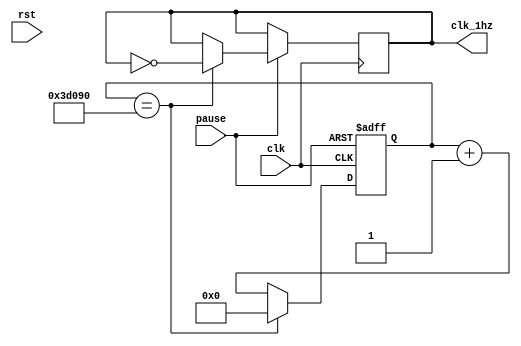
module clock(
              input clk, 
              input pause, rst,
              output reg clk_1hz 
); 

reg  [24:0]  cnt;  
always@(posedge clk or negedge pause ) 
begin  
  if(!pause)  
    cnt<=24'd0;  
  else if(cnt==250000)
    begin   
	   cnt<=24'd0;   
		clk_1hz<=~clk_1hz;   // 
		end  
  else   
    cnt<=cnt+1; 
end 
endmodule 



module cnt10(
             input pause,clk, rst,
             output reg [3:0] cnt,
             output reg out
); 
always@(posedge clk or negedge rst) 
begin  
  if(!rst)   
    cnt<=4'b000; 
  else if(cnt==4'd9)   
    begin cnt<=4'b000; out<=1'b1; end
  else   
    begin cnt<=cnt+1; out<=1'b0; end
end 
endmodule 


module cnt60(
input pause,clk, rst,
output reg [3:0] cnt,
output reg out
); 
always@(posedge clk or negedge rst) 
begin  
  if(!rst)   
    cnt<=4'b000; 
  else if(cnt==4'd9)   
    begin cnt<=4'b000; out<=1'b1; end  
  else   
    begin cnt<=cnt+1; out<=1'b0; end 
end 
endmodule 

module cnt600(
input pause,clk, rst,
output reg [3:0] cnt,
output reg out
); 
always@(posedge clk or negedge rst) 
begin  
  if(!rst)   
    cnt<=4'b000; 
  else if(cnt==4'd9)   
    begin cnt<=4'b000; out<=1'b1; end  
  else   
    begin cnt<=cnt+1; out<=1'b0; end 
end 
endmodule



module cnt3600(
input pause,clk,rst,
output reg [3:0] cnt,
output reg out
); 
always@(posedge clk or negedge rst) 
begin  
  if(!rst)   
    cnt<=4'b000; 
  else if(cnt==4'd5)   
    begin cnt<=4'b000; out<=1'b1; end  
  else   
    begin cnt<=cnt+1; out<=1'b0; end 
end 
endmodule


module cnt36000(
input pause,clk, rst,
output reg [3:0] cnt,
output reg out
); 
always@(posedge clk or negedge rst) 
begin  
  if(!rst)   
    cnt<=4'b000; 
  else if(cnt==4'd9)   
    begin cnt<=4'b000; out<=1'b1; end  
  else   
    begin cnt<=cnt+1; out<=1'b0; end 
end 
endmodule



module cnt21600(
input pause,clk,rst,
output reg [3:0] cnt,
output reg out
); 
always@(posedge clk or negedge rst) 
begin  
  if(!rst)   
    cnt<=4'b000; 
  else if(cnt==4'd5)   
    begin cnt<=4'b000; out<=1'b1; end  
  else   
    begin cnt<=cnt+1; out<=1'b0; end 
end 
endmodule




module segment0(
input        [3:0] cnt, 
output  reg  [6:0] HEX0
);
assign  scan=4'b0001; 
always@(cnt) 
begin   
  case(cnt)   
    4'b0001:HEX0= 7'b1111001;	   // ---t---- 
	 4'b0010:HEX0= 7'b0100100; 	// |	  |
	 4'b0011:HEX0= 7'b0110000; 	// lt	 rt 
	 4'b0100:HEX0= 7'b0011001; 	// |	  |
	 4'b0101:HEX0= 7'b0010010; 	// ---m----
	 4'b0110:HEX0= 7'b0000010; 	// |	  |
	 4'b0111:HEX0= 7'b1111000; 	// lb	 rb
	 4'b1000:HEX0= 7'b0000000; 	// |	  |
	 4'b1001:HEX0= 7'b0011000; 	// ---b----
	 4'b1010:HEX0= 7'b1000000;
	 default:HEX0= 7'b1000000;  
  endcase 
 end 
endmodule 


module segment1(
input        [3:0] cnt, 
output  reg  [6:0] HEX1
);
assign  scan=4'b0001; 
always@(cnt) 
begin   
  case(cnt)   
    4'b0001:HEX1= 7'b1111001;	   // ---t---- 
	 4'b0010:HEX1= 7'b0100100; 	// |	  |
	 4'b0011:HEX1= 7'b0110000; 	// lt	 rt 
	 4'b0100:HEX1= 7'b0011001; 	// |	  |
	 4'b0101:HEX1= 7'b0010010; 	// ---m----
	 4'b0110:HEX1= 7'b0000010; 	// |	  |
	 4'b0111:HEX1= 7'b1111000; 	// lb	 rb
	 4'b1000:HEX1= 7'b0000000; 	// |	  |
	 4'b1001:HEX1= 7'b0011000; 	// ---b----
	 4'b1010:HEX1= 7'b1000000;
	 default:HEX1= 7'b1000000;  
  endcase 
 end 
endmodule 



module segment2(
input        [3:0] cnt, 
output  reg  [6:0] HEX0
);
assign  scan=4'b0001; 
always@(cnt) 
begin   
  case(cnt)   
    4'b0001:HEX0= 7'b1111001;	   // ---t---- 
	 4'b0010:HEX0= 7'b0100100; 	// |	  |
	 4'b0011:HEX0= 7'b0110000; 	// lt	 rt 
	 4'b0100:HEX0= 7'b0011001; 	// |	  |
	 4'b0101:HEX0= 7'b0010010; 	// ---m----
	 4'b0110:HEX0= 7'b0000010; 	// |	  |
	 4'b0111:HEX0= 7'b1111000; 	// lb	 rb
	 4'b1000:HEX0= 7'b0000000; 	// |	  |
	 4'b1001:HEX0= 7'b0011000; 	// ---b----
	 4'b1010:HEX0= 7'b1000000;
	 default:HEX0= 7'b1000000;  
  endcase 
 end 
endmodule 


module segment3(
input        [3:0] cnt, 
output  reg  [6:0] HEX1
);
assign  scan=4'b0001; 
always@(cnt) 
begin   
  case(cnt)   
    4'b0001:HEX1= 7'b1111001;	   // ---t---- 
	 4'b0010:HEX1= 7'b0100100; 	// |	  |
	 4'b0011:HEX1= 7'b0110000; 	// lt	 rt 
	 4'b0100:HEX1= 7'b0011001; 	// |	  |
	 4'b0101:HEX1= 7'b0010010; 	// ---m----
	 4'b0110:HEX1= 7'b0000010; 	// |	  |
	 4'b0111:HEX1= 7'b1111000; 	// lb	 rb
	 4'b1000:HEX1= 7'b0000000; 	// |	  |
	 4'b1001:HEX1= 7'b0011000; 	// ---b----
	 4'b1010:HEX1= 7'b1000000;
	 default:HEX1= 7'b1000000;  
  endcase 
 end 
endmodule



module segment4(
input        [3:0] cnt, 
output  reg  [6:0] HEX0
);
assign  scan=4'b0001; 
always@(cnt) 
begin   
  case(cnt)   
    4'b0001:HEX0= 7'b1111001;	   // ---t---- 
	 4'b0010:HEX0= 7'b0100100; 	// |	  |
	 4'b0011:HEX0= 7'b0110000; 	// lt	 rt 
	 4'b0100:HEX0= 7'b0011001; 	// |	  |
	 4'b0101:HEX0= 7'b0010010; 	// ---m----
	 4'b0110:HEX0= 7'b0000010; 	// |	  |
	 4'b0111:HEX0= 7'b1111000; 	// lb	 rb
	 4'b1000:HEX0= 7'b0000000; 	// |	  |
	 4'b1001:HEX0= 7'b0011000; 	// ---b----
	 4'b1010:HEX0= 7'b1000000;
	 default:HEX0= 7'b1000000;  
  endcase 
 end 
endmodule 


module segment5(
input        [3:0] cnt, 
output  reg  [6:0] HEX1
);
assign  scan=4'b0001; 
always@(cnt) 
begin   
  case(cnt)   
    4'b0001:HEX1= 7'b1111001;	   // ---t---- 
	 4'b0010:HEX1= 7'b0100100; 	// |	  |
	 4'b0011:HEX1= 7'b0110000; 	// lt	 rt 
	 4'b0100:HEX1= 7'b0011001; 	// |	  |
	 4'b0101:HEX1= 7'b0010010; 	// ---m----
	 4'b0110:HEX1= 7'b0000010; 	// |	  |
	 4'b0111:HEX1= 7'b1111000; 	// lb	 rb
	 4'b1000:HEX1= 7'b0000000; 	// |	  |
	 4'b1001:HEX1= 7'b0011000; 	// ---b----
	 4'b1010:HEX1= 7'b1000000;
	 default:HEX1= 7'b1000000;  
  endcase 
 end 
endmodule